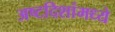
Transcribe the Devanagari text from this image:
अष्टदिशांमध्ये